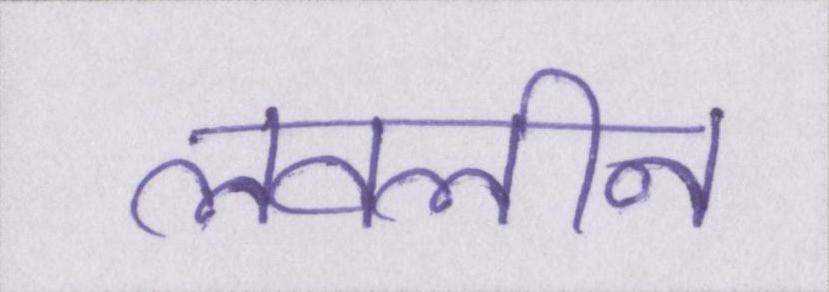
लवलीन